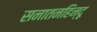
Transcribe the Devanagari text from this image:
सनातनहिन्दू